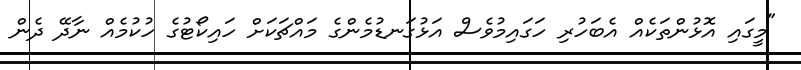
"މީގައި އޮޅުންތަކެއް އެބަހުރި ހަގައިމުވެސް އަޅުގަނޑުމެންގެ މައްޗަކަށް ހައިކޯޓުގެ ހުކުމެއް ނާދޭ ދެން